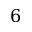
6